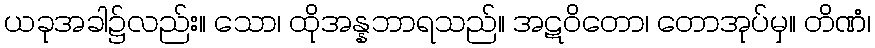
ယခုအခါ၌လည်း။ သော၊ ထိုအန္နဘာရသည်။ အဋဝိတော၊ တောအုပ်မှ။ တိဏံ၊